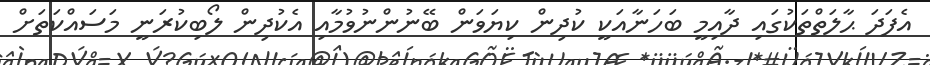
އެފަދަ ޙާލަތްތަކުގައި ދާއިމީ ބަހަނާއަކީ ކުދިން ކިޔަވަން ބޭނުންނުވުމާއި އެކުދިން ލޯބިކުރަނީ މަސައްކަތަށް